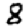
Digit: 8